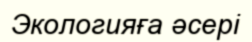
Экологияға әсері